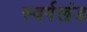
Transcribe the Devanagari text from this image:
स्वर्गखंड